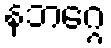
နဘဂ္ဂေ